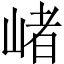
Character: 𡺐